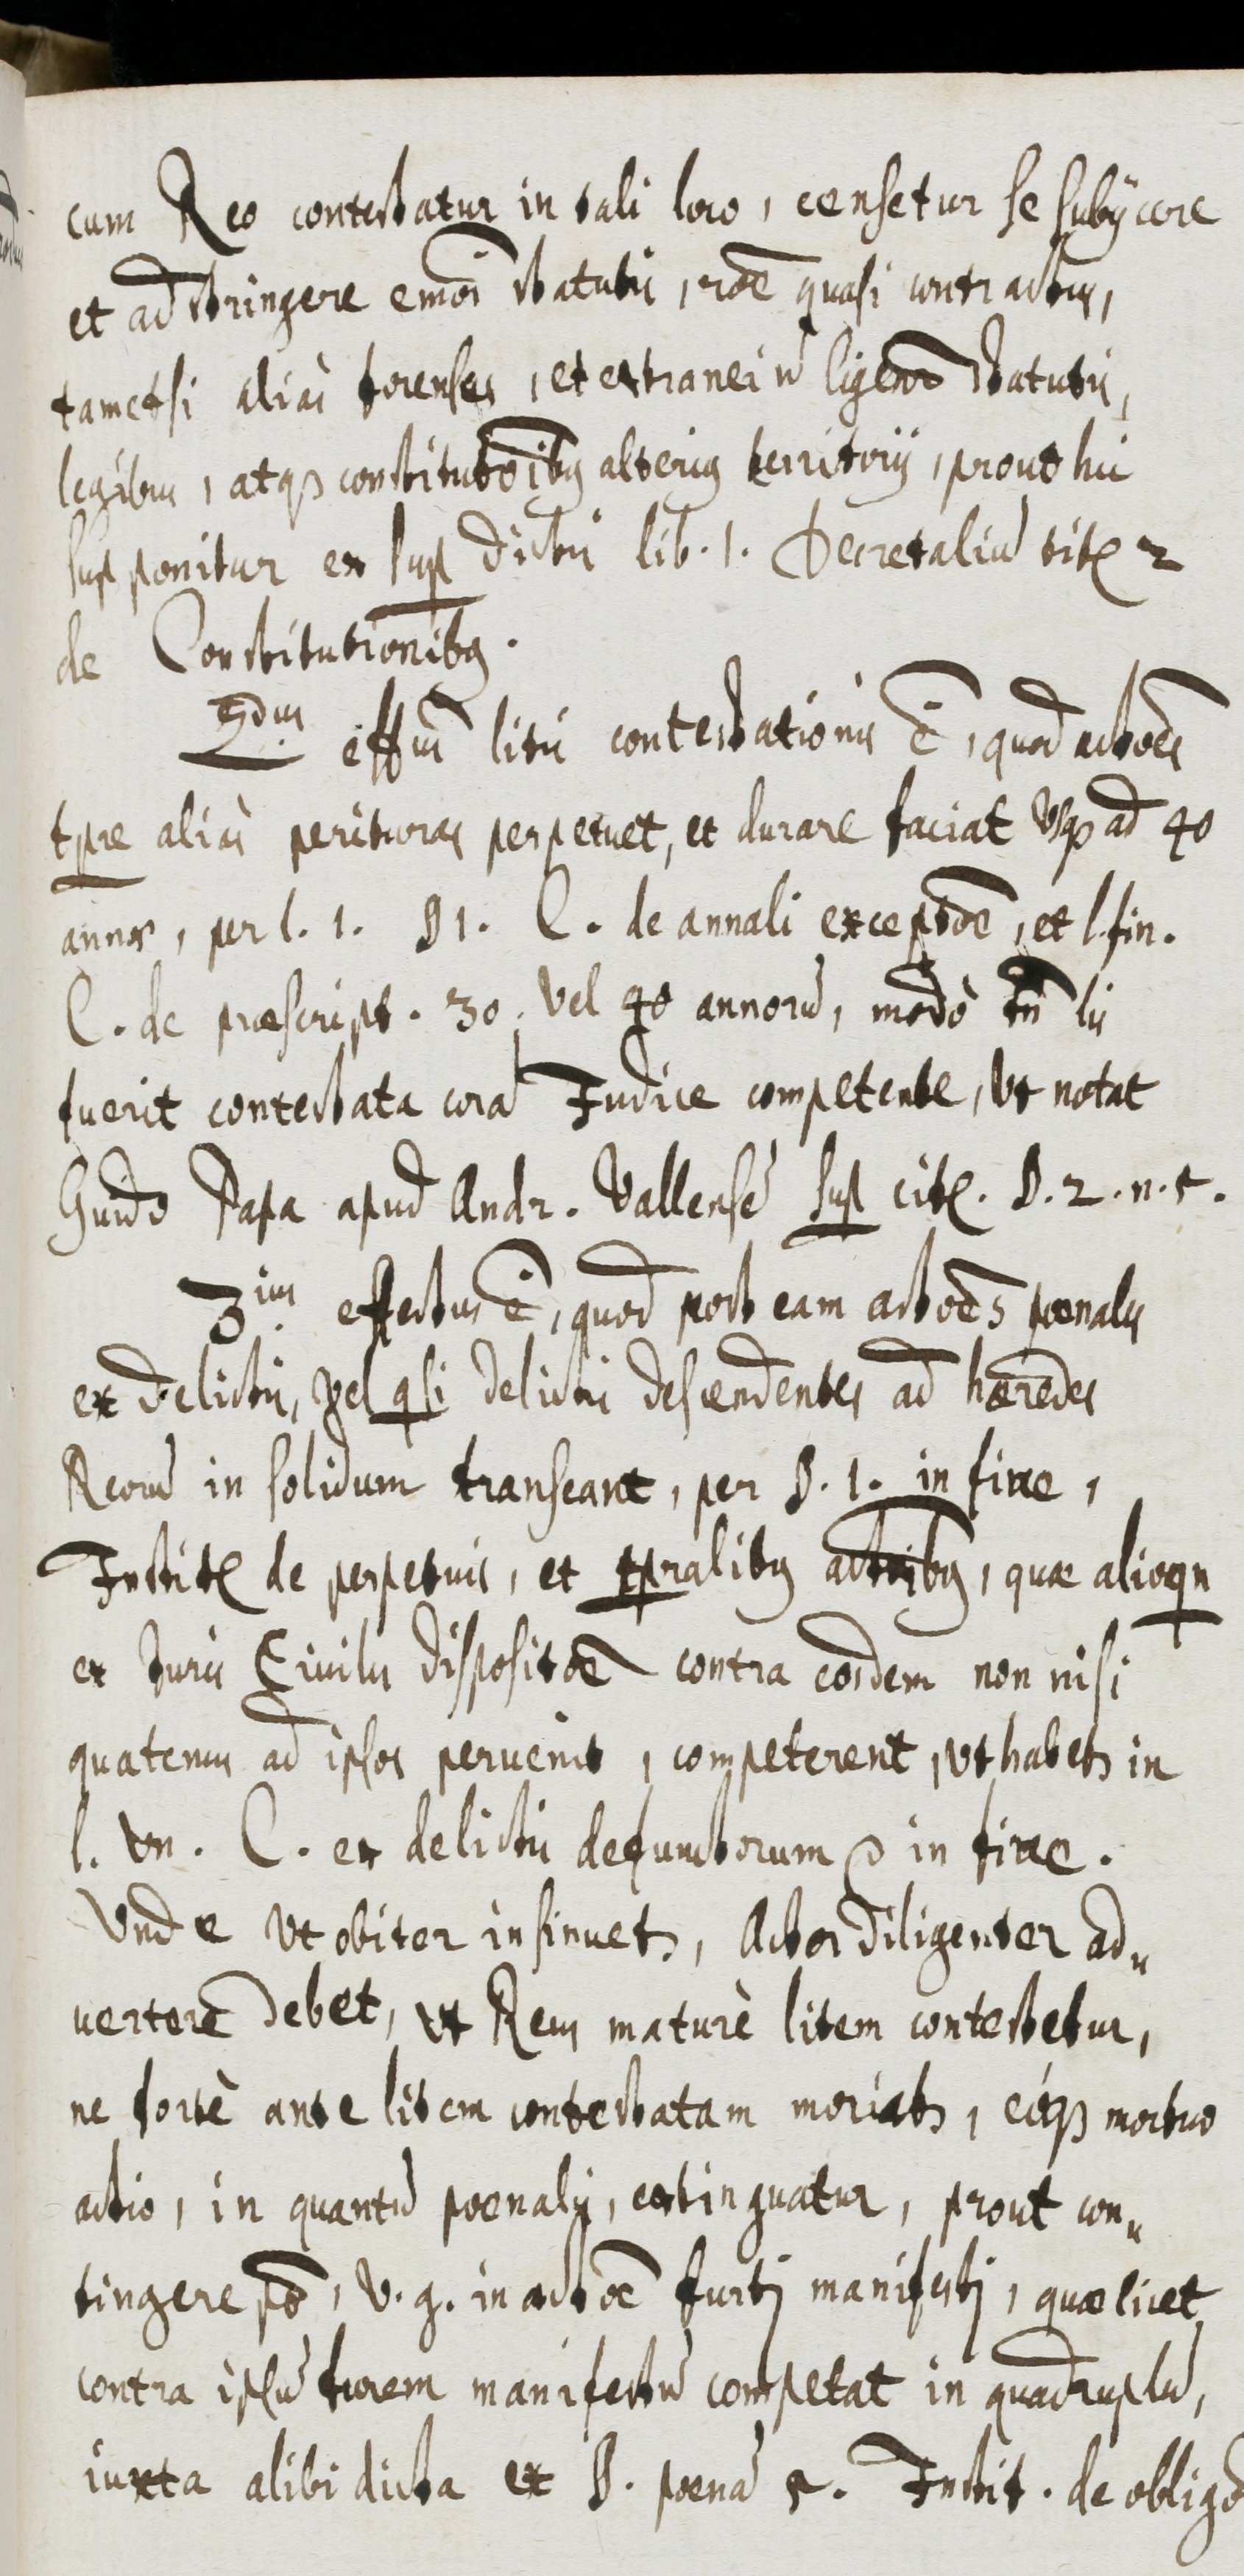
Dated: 1655–1655